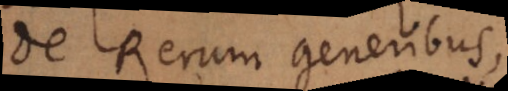
De Rerum generibus.